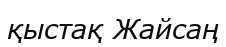
қыстақ Жайсаң